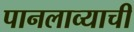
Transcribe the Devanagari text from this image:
पानलाव्याची